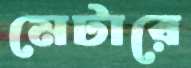
মেটারে